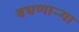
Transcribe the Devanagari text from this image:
बघणाऱ्र्‍या